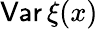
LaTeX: {\mathsf{Var}}\, \xi(x)